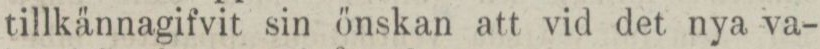
tillkännagifvit sin önskan att vid det nya va-